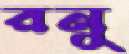
রনু